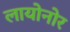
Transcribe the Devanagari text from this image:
लायोनोर